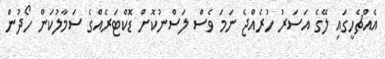
އެއްޗެހީގައި ލޭގެ އަސަރު ހުރެއްޖެ ނަމަ ވެސް ލަސްނުކޮށް ޑޮކްޓަރެއްގެ ސަމާލުކަން ހޯދުން